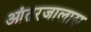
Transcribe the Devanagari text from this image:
आंतरजालास